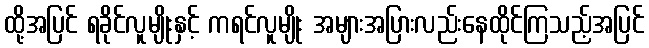
ထို့အပြင် ရခိုင်လူမျိုးနှင့် ကရင်လူမျိုး အများအပြားလည်းနေထိုင်ကြသည့်အပြင်